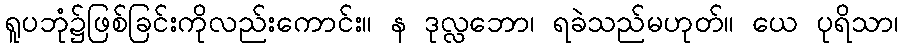
ရူပဘုံ၌ဖြစ်ခြင်းကိုလည်းကောင်း။ န ဒုလ္လဘော၊ ရခဲသည်မဟုတ်။ ယေ ပုရိသာ၊